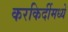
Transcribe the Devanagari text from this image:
करकिर्दीमध्ये